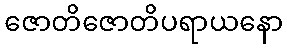
ဇောတိဇောတိပရာယနော